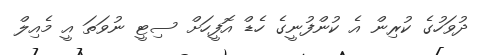
ދުވަހުގެ ކުރިން އެ ކުންފުނީގެ ހެޑް އޮފީހަށް ސިޓީ ނުވަތަ އީ މެއިލް